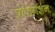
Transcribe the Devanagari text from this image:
प्रोपोगेशन